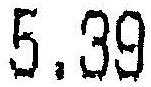
5.39